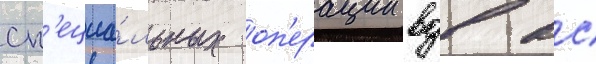
сп'ециа́льных оп'ерации вдв вс